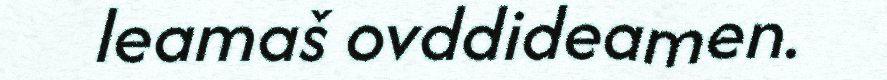
leamaš ovddideamen.